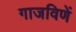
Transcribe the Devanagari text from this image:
गाजविणें